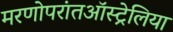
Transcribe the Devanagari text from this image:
मरणोपरांतऑस्ट्रेलिया